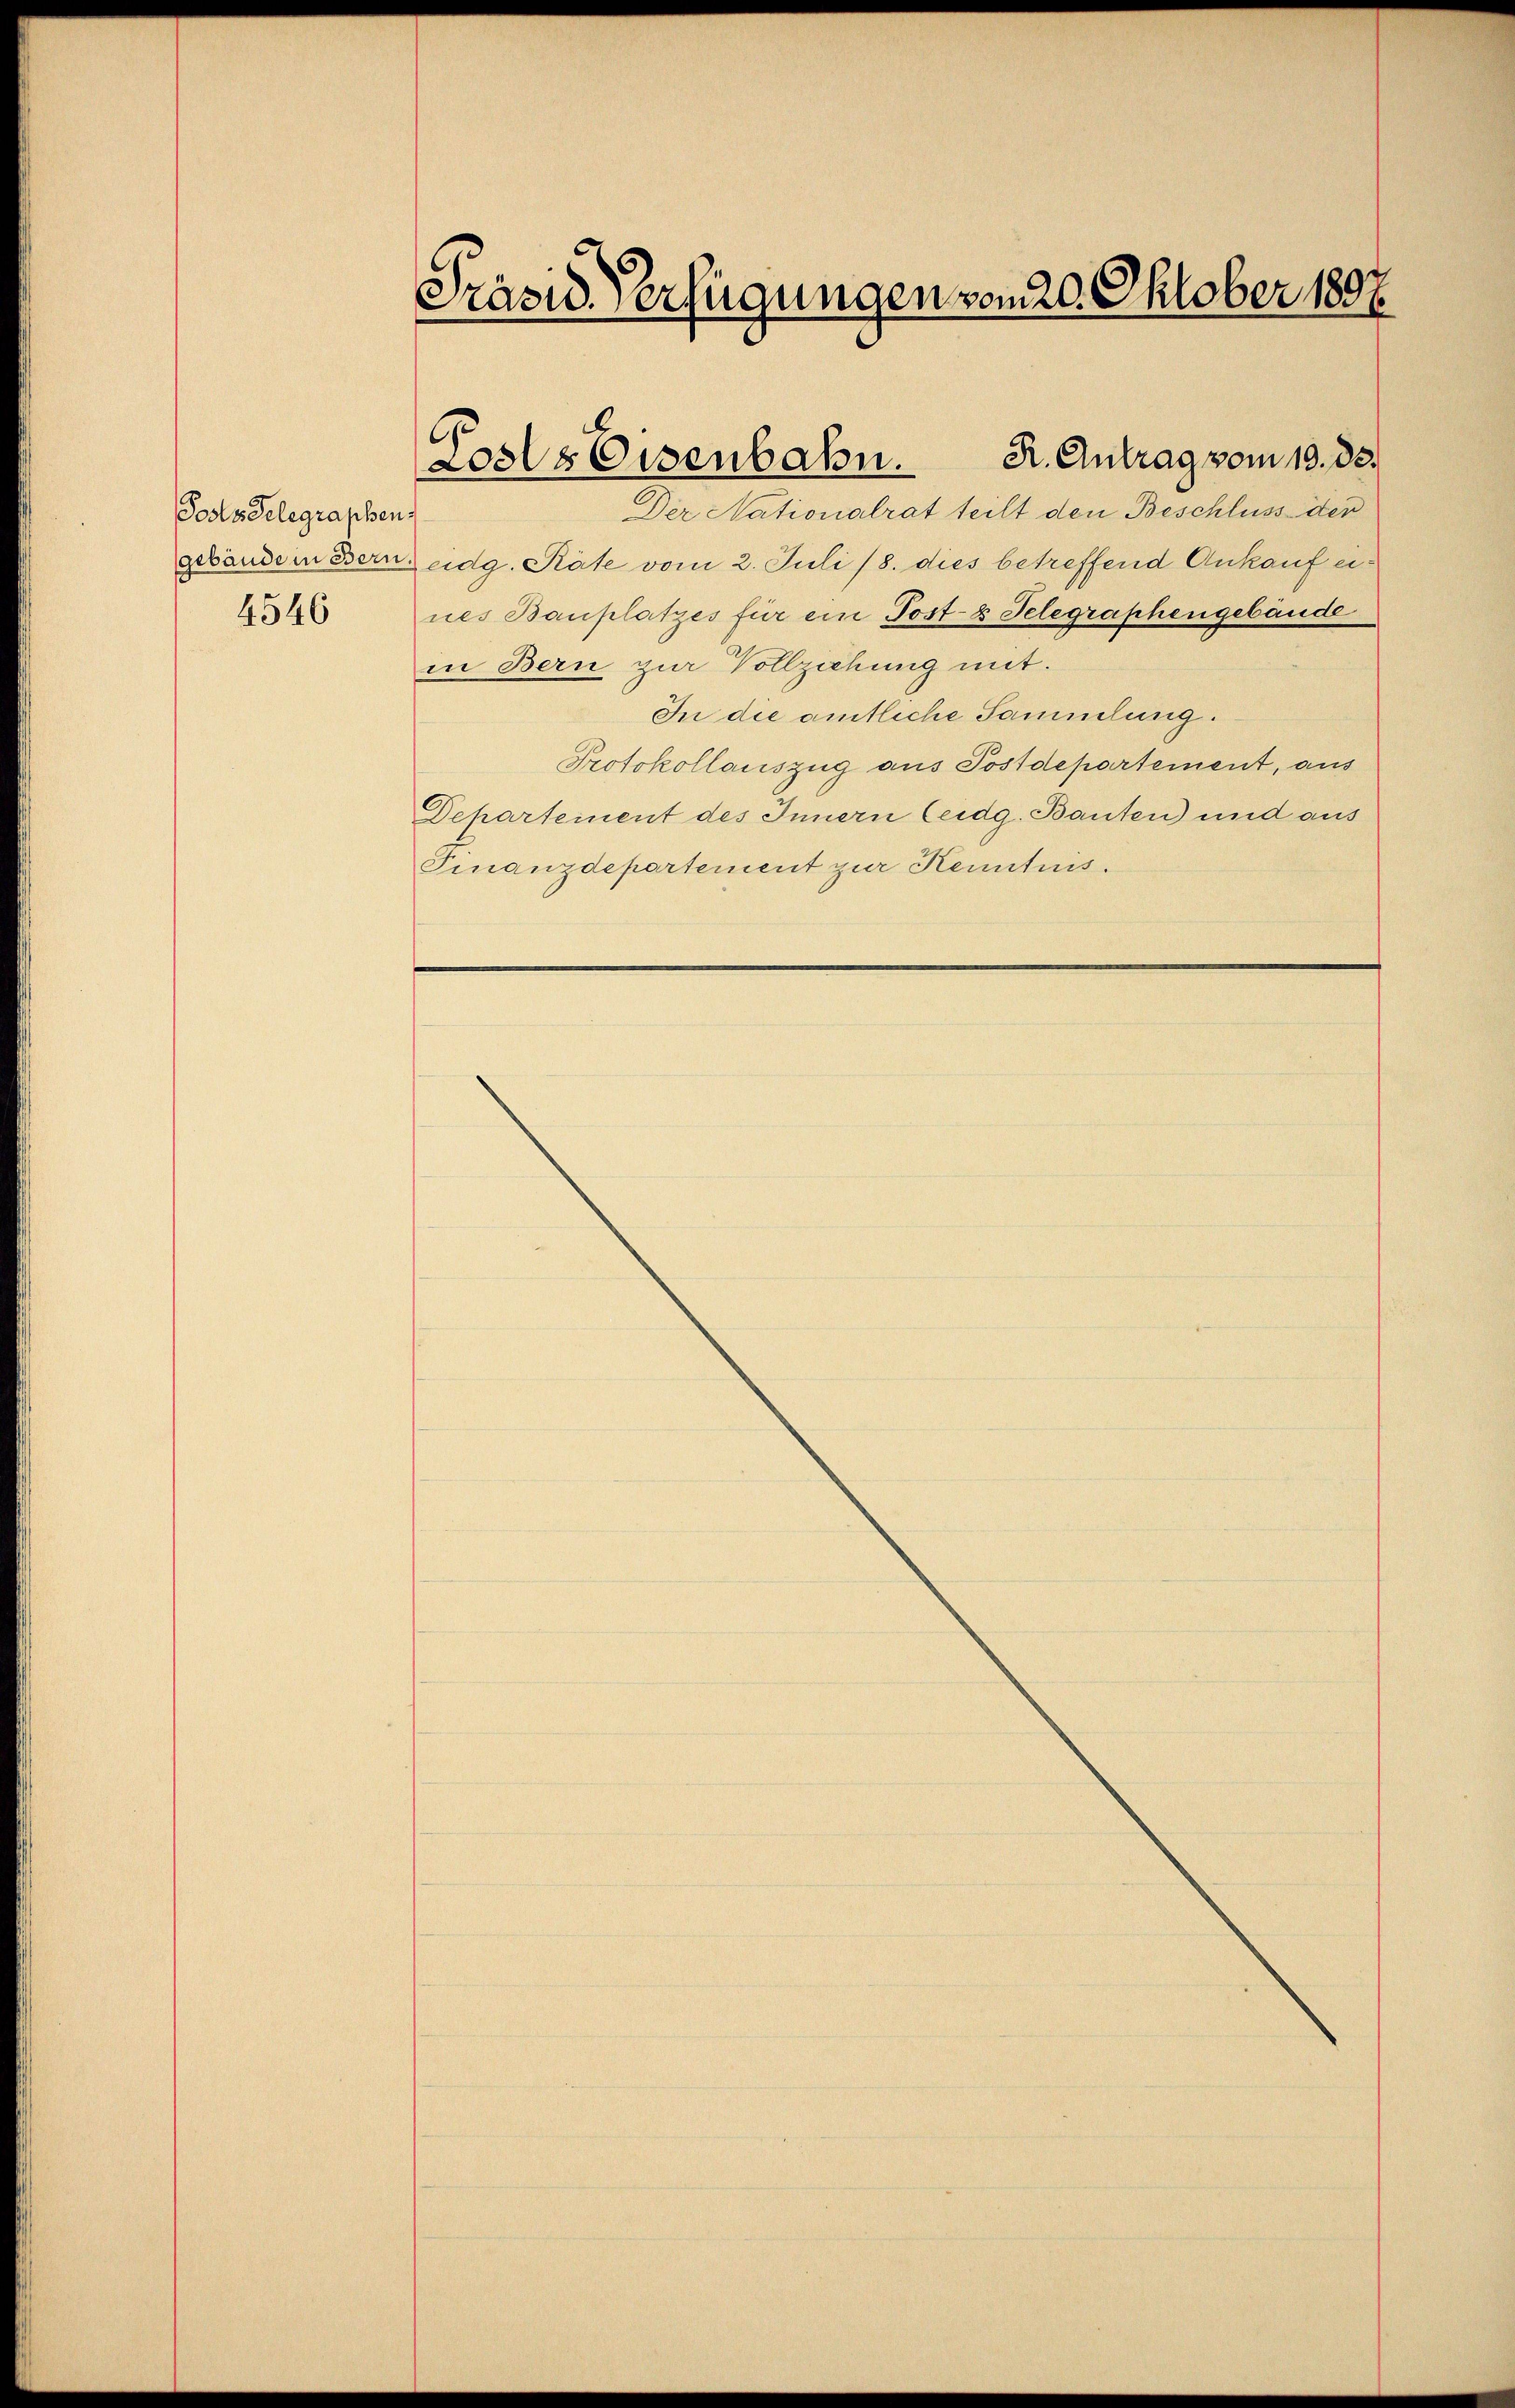
Posts Delegraphen.
4546

Präsid. Verfügungen vom 20. Oktober 1897.

Der Nationalrat teilt den Beschluss der
gebäudern Bern, eidg. Räte vom 2. Juli 18. dies betreffend Ankauf eines Bauplatzes für ein Post-8 Telegraphengebäude
in Bern zur Vollziehung mit.
In die amtliche Sammlung.
Protokollauszug aus Postdepartement, aus
Departement des Innern Ceidg. Bauten) und aus
Finanzdepartement zur Kenntnis.

C
Lools Eisenbahn. K. Antrag vom 19. ds.